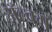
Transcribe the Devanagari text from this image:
अॅल्बम